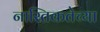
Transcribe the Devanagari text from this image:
नास्तिकतेच्या